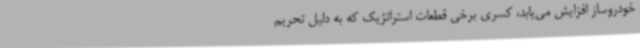
خودروساز افزایش می‌یابد، کسری برخی قطعات استراتژیک که به دلیل تحریم